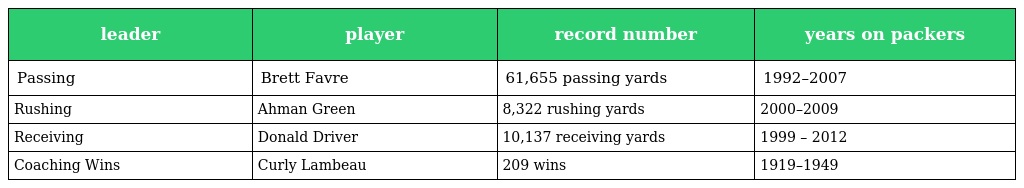
| leader | player | record number | years on packers |
 | --- | --- | --- | --- |
 | Passing | Brett Favre | 61,655 passing yards | 1992–2007 |
 | Rushing | Ahman Green | 8,322 rushing yards | 2000–2009 |
 | Receiving | Donald Driver | 10,137 receiving yards | 1999 – 2012 |
 | Coaching Wins | Curly Lambeau | 209 wins | 1919–1949 |